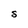
Character: S